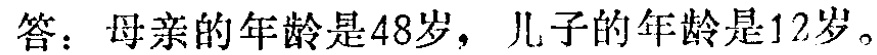
答：母亲的年龄是48岁，儿子的年龄是12岁。